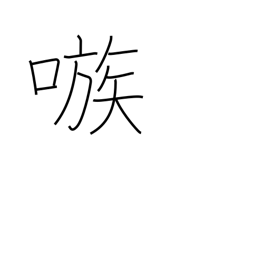
Meaning: egg on